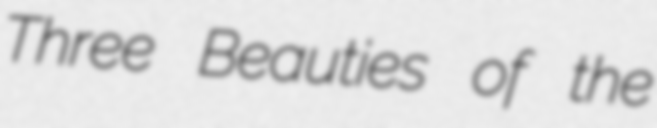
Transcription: Three Beauties of the